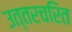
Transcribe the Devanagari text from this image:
उत्तरचरित